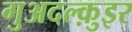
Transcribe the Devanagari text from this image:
गुअदल्क़ुइर